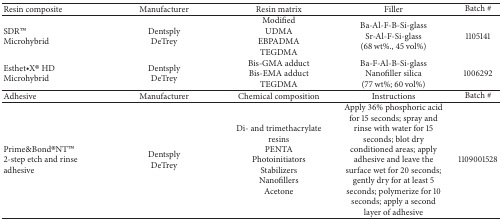
| Resin composite | Manufacturer | Resin matrix | Filler | Batch # |
 | --- | --- | --- | --- | --- |
 | SDRTM Microhybrid | DentsplyDeTrey | ModifiedUDMAEBPADMATEGDMA | Ba-Al-F-B-Si-glassSr-Al-F-Si-glass(68 wt%., 45 vol%) | 1105141 |
 | Esthet•X® HD Microhybrid | DentsplyDeTrey | Bis-GMA adductBis-EMA adductTEGDMA | Ba-F-Al-B-Si-glassNanofiller silica(77 wt%; 60 vol%) | 1006292 |
 | Adhesive | Manufacturer | Chemical composition | Instructions | Batch # |
 | Prime&Bond®NTTM 2-step etch and rinse adhesive | DentsplyDeTrey | Di- and trimethacrylate resinsPENTAPhotoinitiatorsStabilizersNanofillersAcetone | Apply 36% phosphoric acid for 15 seconds; spray and rinse with water for 15 seconds; blot dry conditioned areas; apply adhesive and leave the surface wet for 20 seconds; gently dry for at least 5 seconds; polymerize for 10 seconds; apply a second layer of adhesive | 1109001528 |